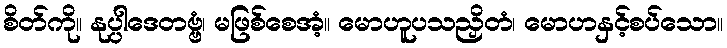
စိတ်ကို။ နုပ္ပါဒေတဗ္ဗံ၊ မဖြစ်စေအံ့။ မောဟူပသညှိတံ၊ မောဟနှင့်စပ်သော။